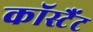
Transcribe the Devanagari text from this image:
कॉस्टैंट